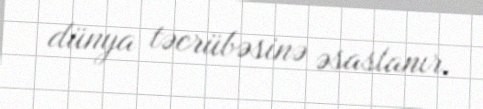
dünya təcrübəsinə əsaslanır.